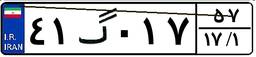
۹۳گ۷۹۹۲۹